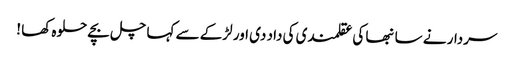
سردار نے سانبھا کی عقلمندی کی داد دی اور لڑکے سے کہا چل بچے حلوہ کھا !